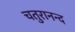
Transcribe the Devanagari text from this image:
चतुरानन्द